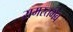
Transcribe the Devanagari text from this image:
समस्तभेव